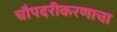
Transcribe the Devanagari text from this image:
चौपदरीकरणाचा